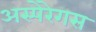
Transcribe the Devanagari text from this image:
अस्पेरेगस